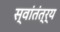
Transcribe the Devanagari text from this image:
स्वांतंत्र्य